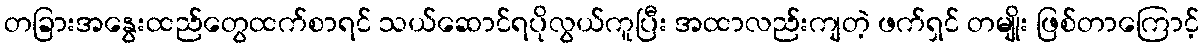
တခြားအနွေးထည်တွေထက်စာရင် သယ်ဆောင်ရပိုလွယ်ကူပြီး အထာလည်းကျတဲ့ ဖက်ရှင် တမျိုး ဖြစ်တာကြောင့်